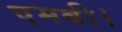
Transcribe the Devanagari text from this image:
एमबी।